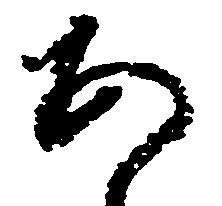
あ